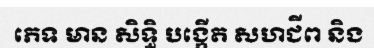
ភេទ មាន សិទ្ធិ បង្កើត សហជីព និង